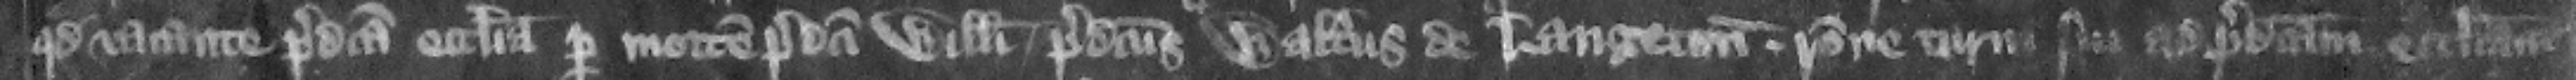
quod vacate predicta ecclesia per mortem predicti Willelmi predicts Walterus de Langton racione turni sui ad predictam ecclesiam